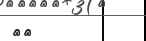
٥٣